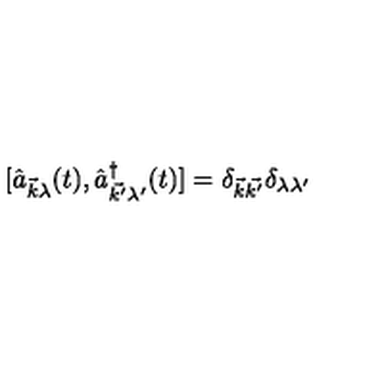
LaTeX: [ { \hat { a } } _ { \vec { k } \lambda } ( t ) , { \hat { a } } _ { \vec { k ^ { \prime } } \lambda ^ { \prime } } ^ { \dag } ( t ) ] = \delta _ { \vec { k } \vec { k ^ { \prime } } } \delta _ { \lambda \lambda ^ { \prime } }